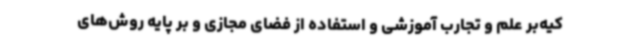
کیه‌بر علم و تجارب آموزشی و استفاده از فضای مجازی و بر پایه روش‌های